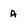
Character: a